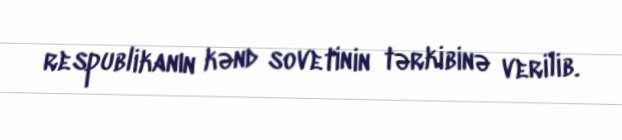
respublikanın kənd sovetinin tərkibinə verilib.